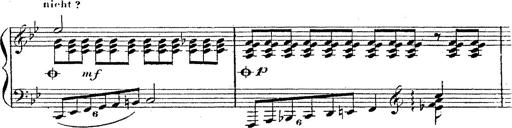
Title: 12 Lieder von Franz Schubert
Composer: Franz Liszt